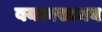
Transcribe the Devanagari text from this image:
बयत्नसामय